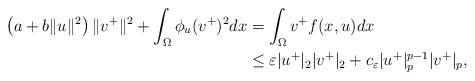
\begin{align*}\left(a+b\|u\|^{2}\right)\|v^{+}\|^{2}+\int_{\Omega}\phi_{u}(v^{+})^{2}dx&=\int_{\Omega}v^{+}f(x, u)dx\\&\leq \varepsilon|u^{+}|_{2}|v^{+}|_{2}+c_\varepsilon|u^{+}|_{p}^{p-1}|v^{+}|_{p},\end{align*}